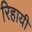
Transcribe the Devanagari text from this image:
रिहायी